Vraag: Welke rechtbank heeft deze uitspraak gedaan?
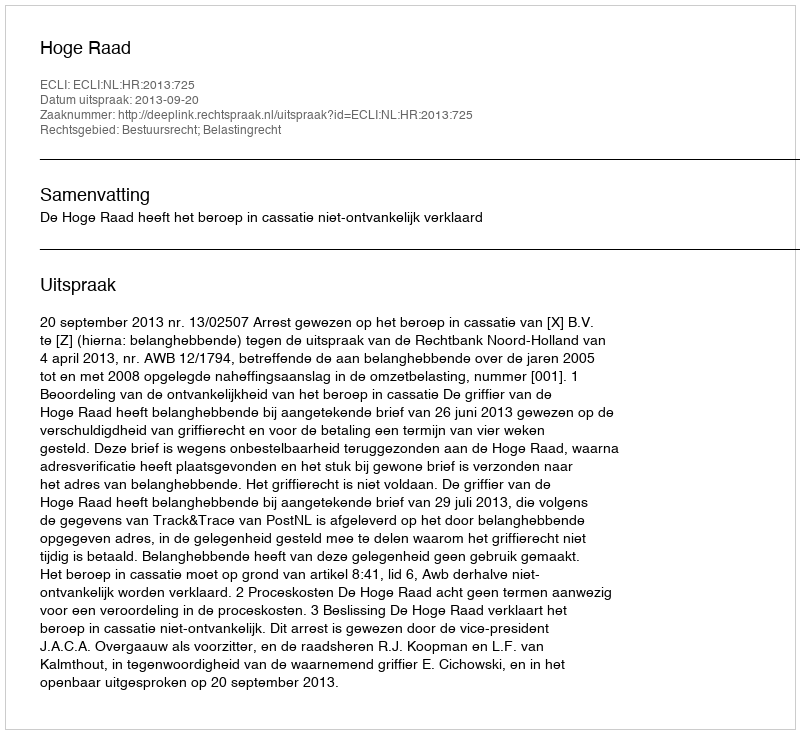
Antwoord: Hoge Raad